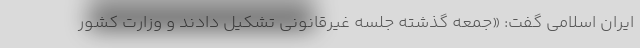
ایران اسلامی گفت: «جمعه گذشته جلسه غیرقانونی تشکیل دادند و وزارت کشور